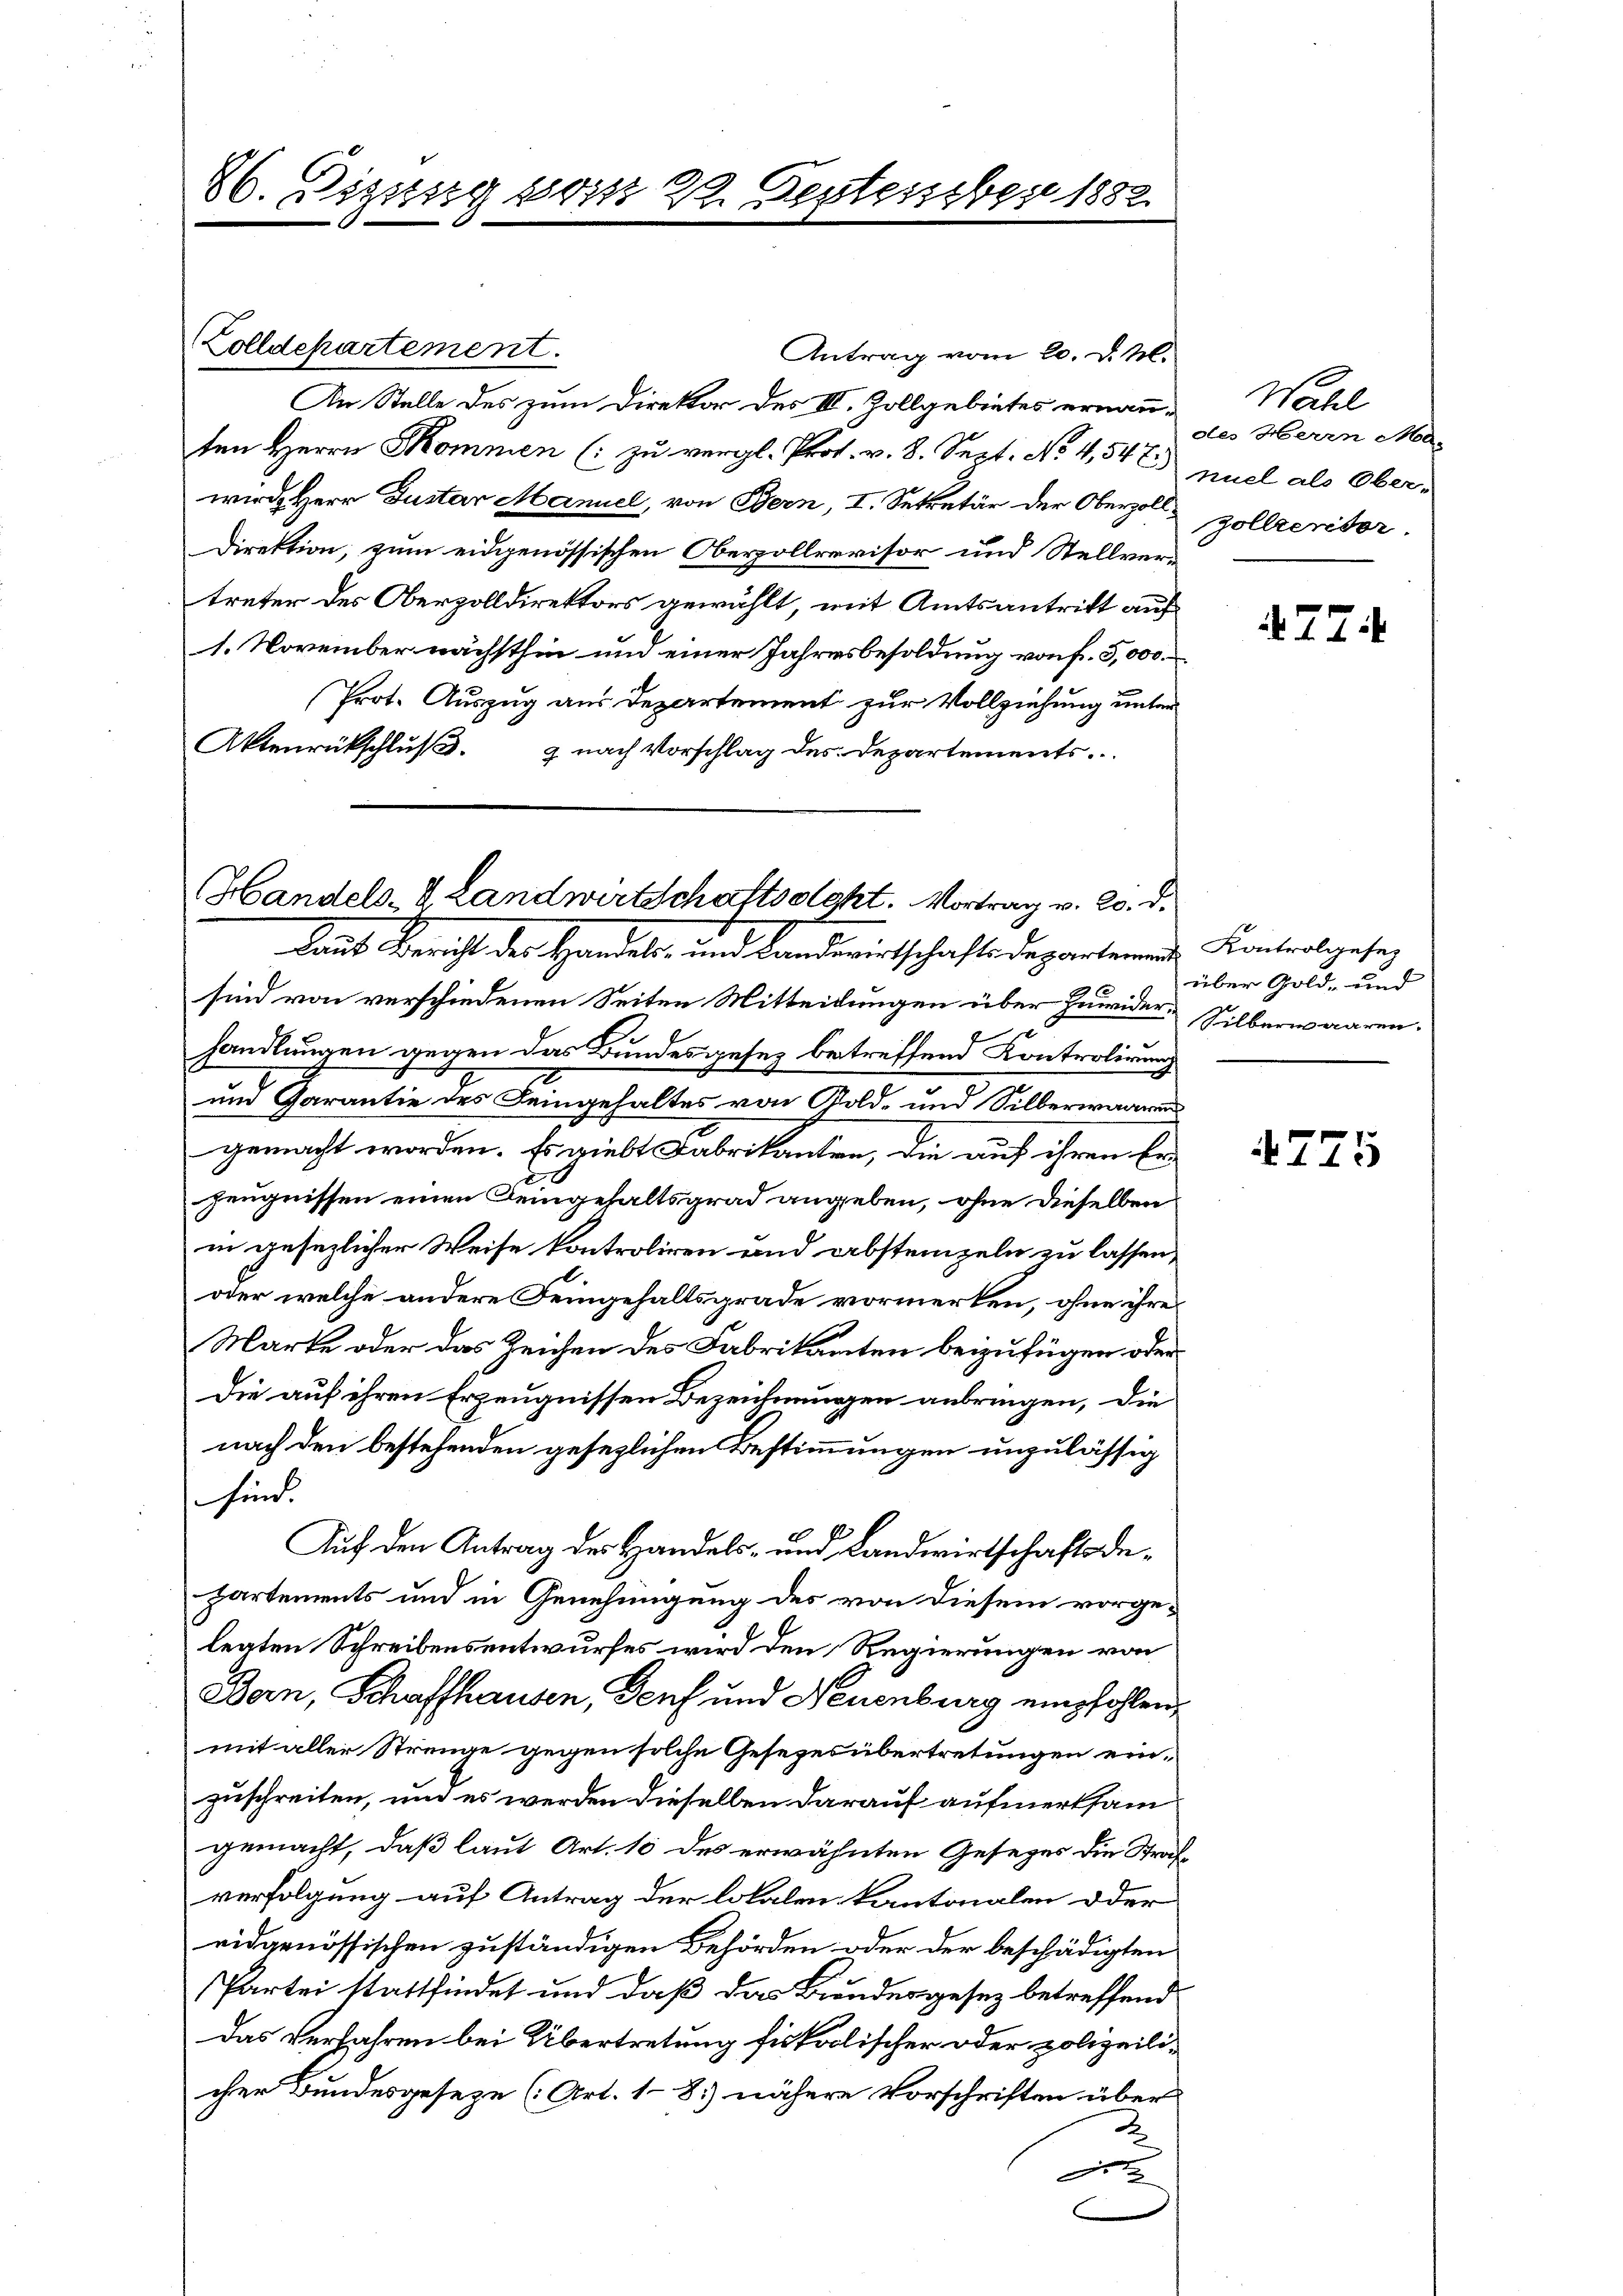
86. Disssig vom 28. Septesseber 1882

Zolldepartement.
Antrag vom 20. d. M.
An Stelle des zum Direktor des III. Zollgebietes ernannten Herrn Sommen (: zu vergl. Prof. v. 8. Sept. No 4,547)
wird Herr Justar Mannel, von Bern, I. Sekretär der Oberzoll-Zollieritor
Direktion, zum eidgenössischen Oberpollrevisor und Stellvertreter des Oberzolldirektors gewählt, mit Amtsantritt auf
1. November nächsthin und einer Jahresbesoldung von f. 5,000.
Prot. Auszug aus Departement zur Vollziehung unter
Aktenrückschluß & nach Vorschlag des Departements.

sind von verschiedenen Seiten Mitteilungen über Zuwider Silberwaaren.
handlungen gegen das Bundesgesez betreffend Kontrolirung
und Garantie des Deingehaltes von Gold- und Silberwaaren
gemacht worden. Es giebt Fabrikanton, die auf ihren Er-
zeugnissen einen Deingehaltsgrad angeben, ohne dieselben
in gesezlicher Weise kontroliren und absteinzeln zu lassen,
oder welche andere Feingehaltsgrade vormerken, ohne ihre
Marke oder das Zeichen des Fabrikanten beizufügen oder
Die auf ihren Erzeugnissen Bezeichnungen anbringen, die
nach den bestehenden gesezlichen Bestimmungen unzulässig
sind.
Auf den Antrag des Handels- und Landwirtschaftsdepartements und in Genehmigung des von diesem vorge-
legten Schreibensentwurfes wird den Regierungen von
Bern, Schaffhausen, Genf und Neuenburg empfohlen,
mit aller Strenge gegen solche Gesezes übertretungen einzuschreiten, und es werden dieselben darauf aufmerksam
gemacht, daß laut Art. 10 des erwähnten Gesezes die Strafverfolgung auf Antrag der lokalen kantonalen oder
eidgenössischen zuständigen Behörden oder der beschädigten
Partei stattfindet und daß das Brudergesez betreffend
Das Verfahren bei Übertretung fiskoolischer oder polizeilicher Bundesgeseze (Art. 18.) nähere Vorschriften über
2
A

Handels- & Landwirtschaftsoght. Vortrag v. 20. d.
Laut Bericht des Handels- und Landwirtschafts Departemen Kontralgesez

Wahl
des Herrn Ma-
nuel als Ober-

77

über Gold- und

4775